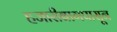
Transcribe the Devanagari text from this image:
हजारीबागपासून